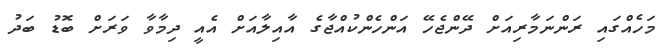
މަހެއްގައި ރަންނަމާރިއަށް ދޭންޖެހޭ އަންހެންކުއްޖާގެ އާއިލާއަށް އެއީ ދިމާވާ ވަރަށް ބޮޑު ބަދު